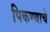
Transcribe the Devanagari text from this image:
पिकण्याचे